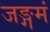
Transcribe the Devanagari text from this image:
जङ्गमं